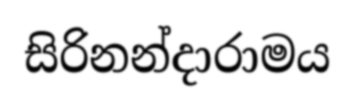
සිරිනන්දාරාමය